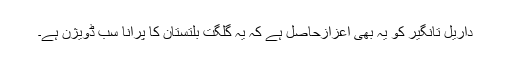
داریل تانگیر کو یہ بھی اعزازحاصل ہے کہ یہ گلگت بلتستان کا پرانا سب ڈویژن ہے۔